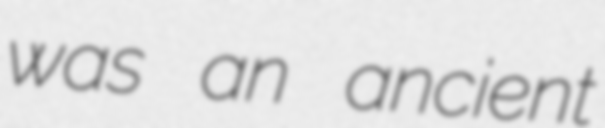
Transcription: was an ancient